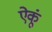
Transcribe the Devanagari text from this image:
ऐकूं